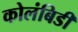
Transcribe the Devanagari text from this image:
कोलंबिडी